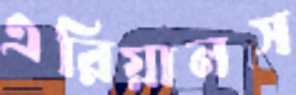
এরিয়ানস